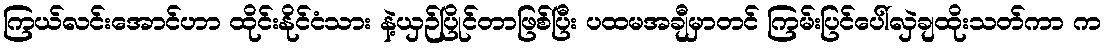
ကြယ်လင်းအောင်ဟာ ထိုင်းနိုင်ငံသား နဲ့ယှဉ်ပြိုင်တာဖြစ်ပြီး ပထမအချီမှာတင် ကြမ်းပြင်ပေါ်လှဲချထိုးသတ်ကာ က